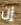
إن